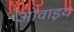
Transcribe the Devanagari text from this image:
ओवाइय